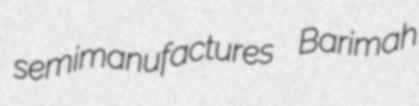
semimanufactures Barimah